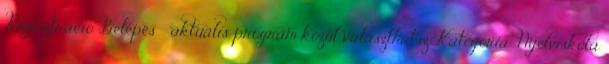
Regisztráció Belépés ☰ aktuális program közül választhatsz Kategória: Nyelviskola